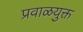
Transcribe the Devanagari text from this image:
प्रवाळयुक्त